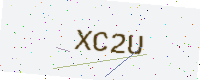
Text: XC2U